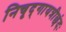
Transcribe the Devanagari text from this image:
निचृद्‌गायत्रीछंदः